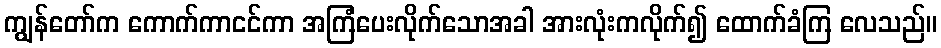
ကျွန်တော်က ကောက်ကာငင်ကာ အကြံပေးလိုက်သောအခါ အားလုံးကလိုက်၍ ထောက်ခံကြ လေသည်။